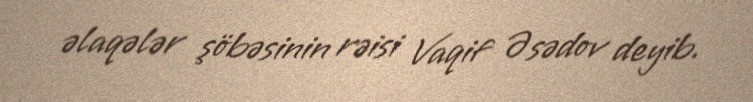
əlaqələr şöbəsinin rəisi Vaqif Əsədov deyib.